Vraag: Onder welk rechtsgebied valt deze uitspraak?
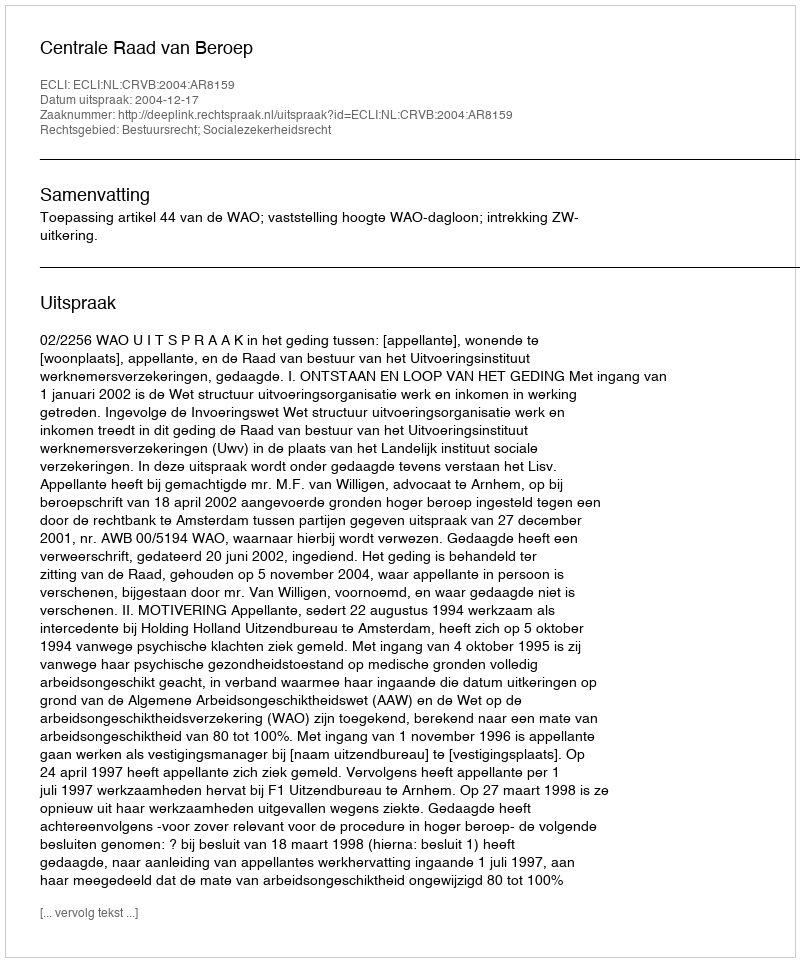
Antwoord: Bestuursrecht; Socialezekerheidsrecht